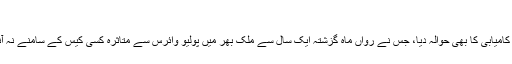
”
انہوں نے بھارت کی کامیابی کا بھی حوالہ دیا، جس نے رواں ماہ گزشتہ ایک سال سے ملک بھر میں پولیو وائرس سے متاثرہ کسی کیس کے سامنے نہ آنے کا جشن منایا ہے۔